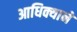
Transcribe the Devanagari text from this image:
आधिक्याने